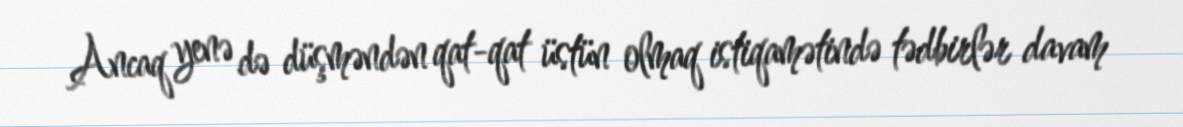
Ancaq yenə də düşməndən qat-qat üstün olmaq istiqamətində tədbirlər davam